Virumaa_algkoolid, lk 58
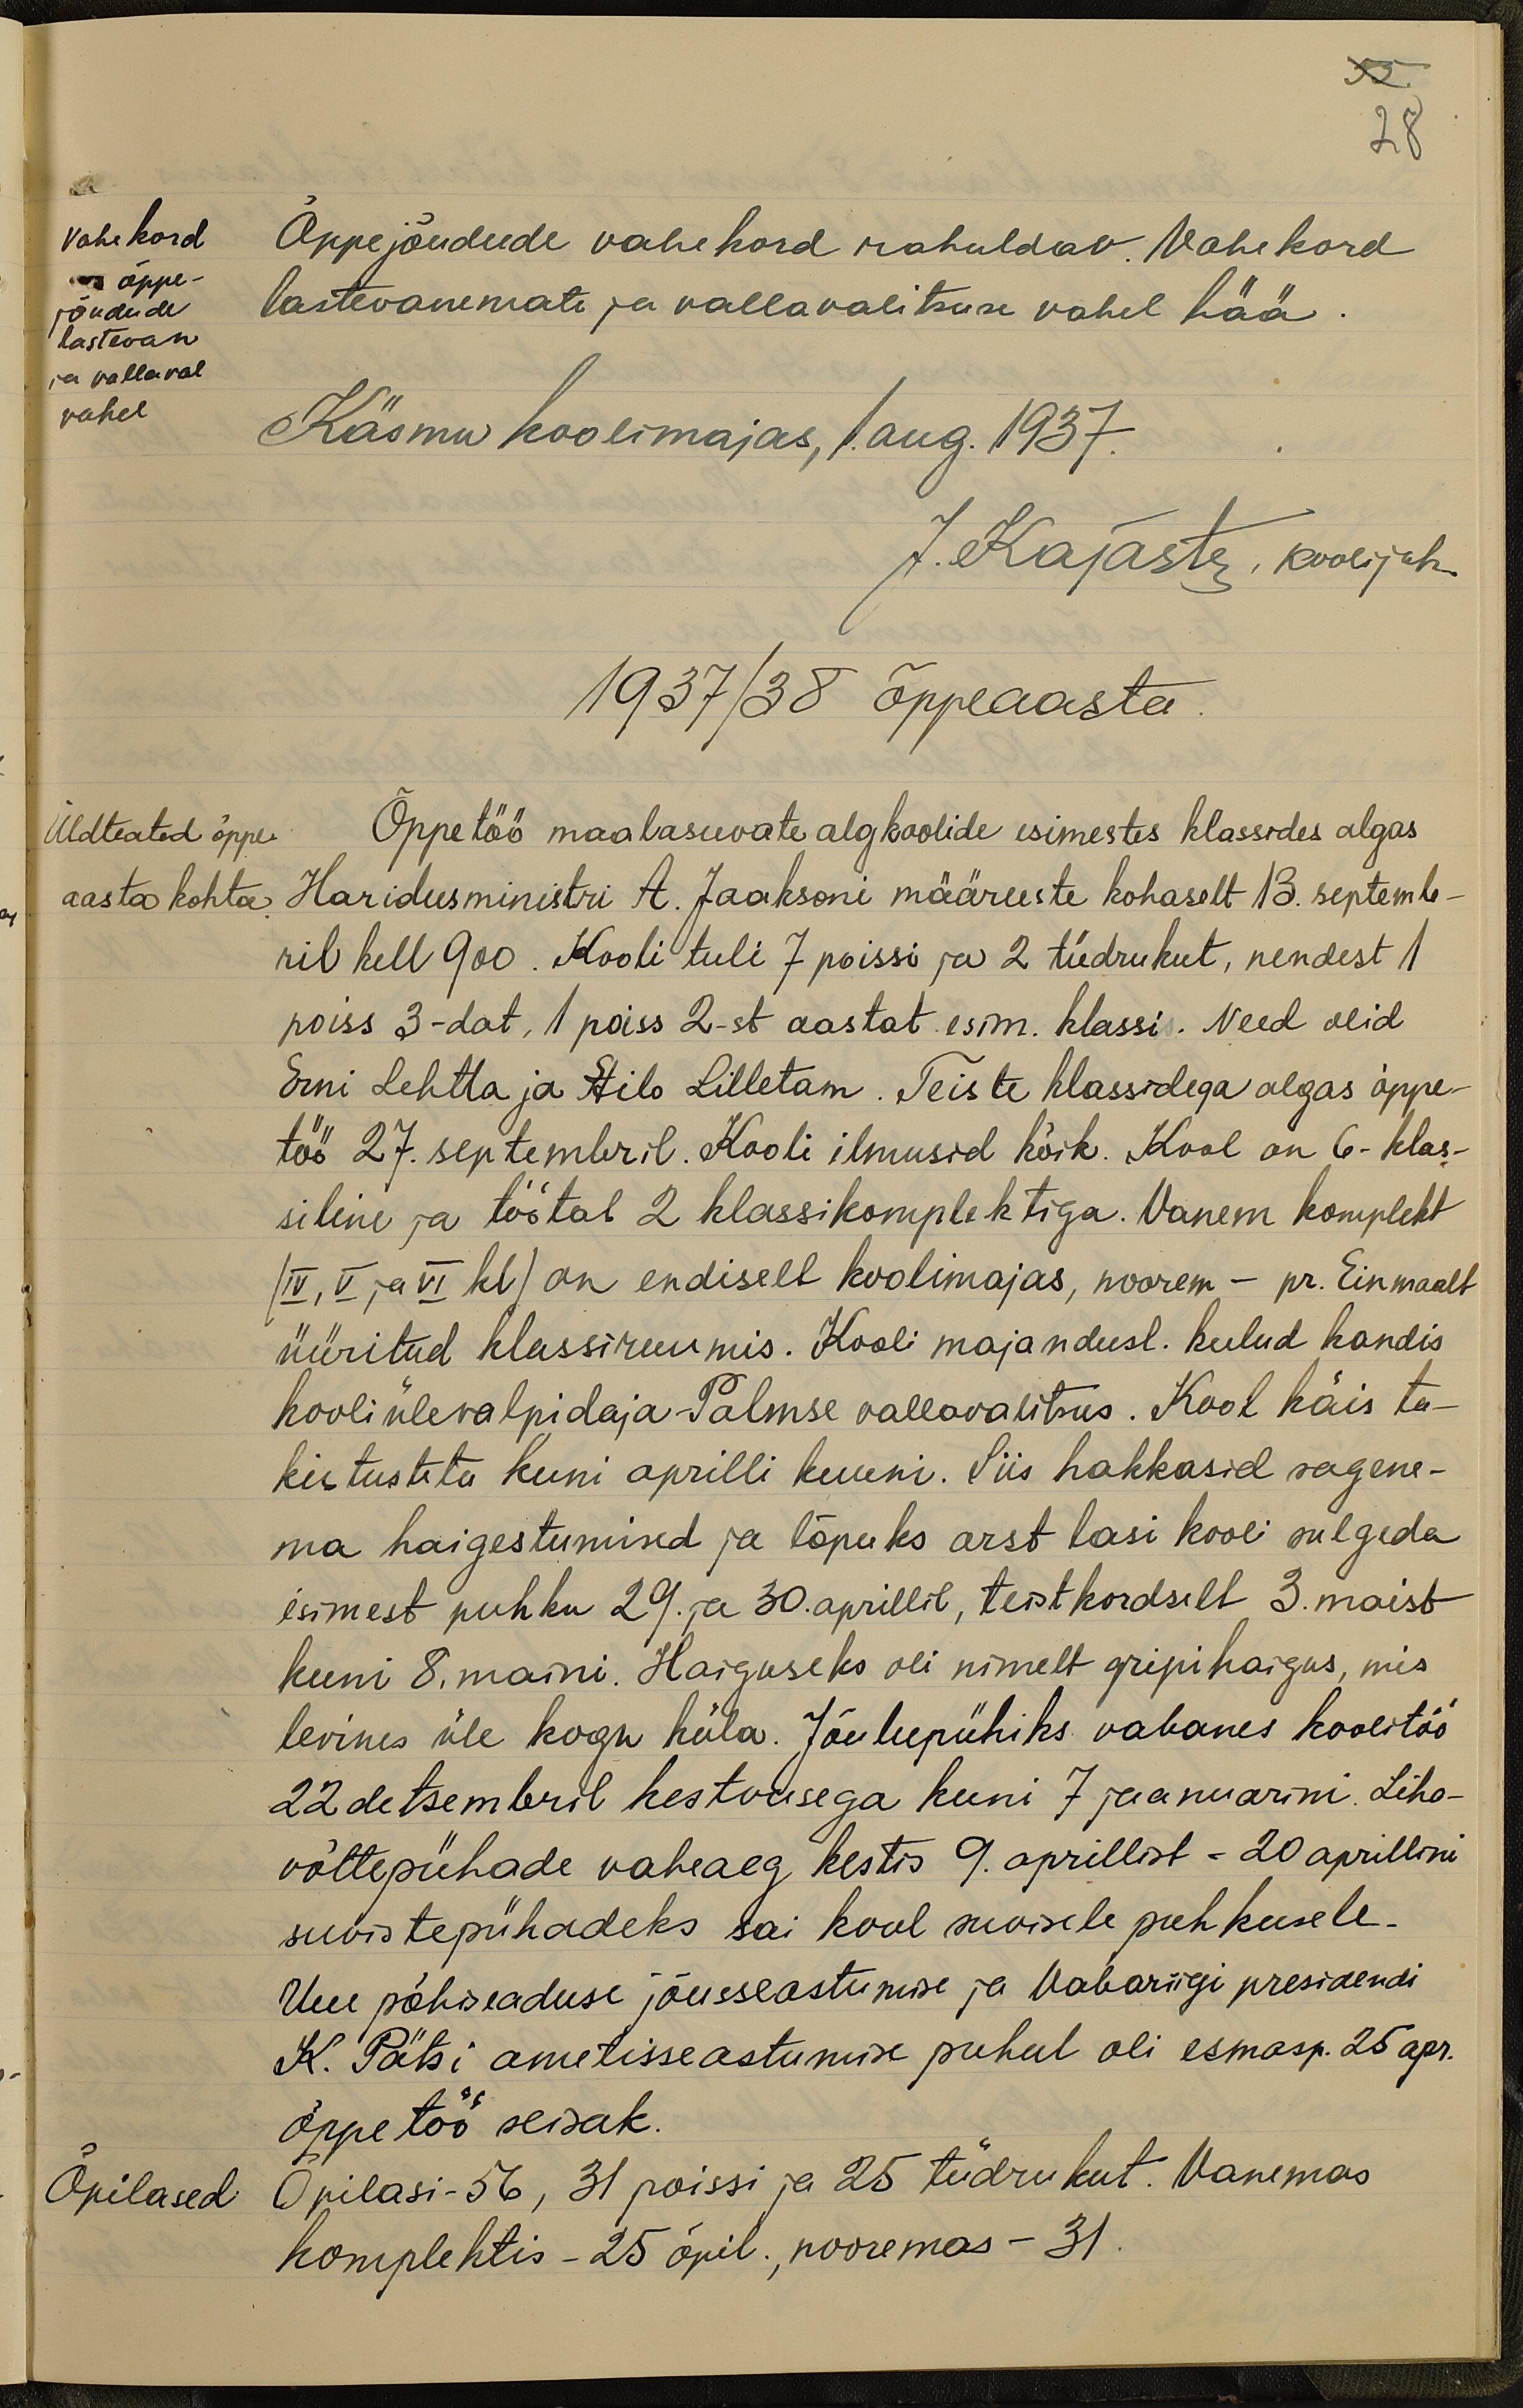
55
28
vahe kord
Õppejõudude vahekord rahuldav. Vahekord
õppe-
jõudude
lastevanemate ja vallavalitsuse vahel hää
lastevan
ja vallaval
vahel.
Käsmu koolimajas, 1 aug. 1937.
J. Kajaste, koolijuh.
1937/38 õppeaasta
Üldteated õppe-
Õppetöö maalasuvate algkoolide esimestes klassides algas
aasta kohta
Haridusministri A. Jaaksoni määruste kohaselt 13. septemb-
ril kell 900. Kooli tuli 7 poissi ja 2 tüdrukut, nendest 1
poiss 3-dat, 1 poiss 2-st aastat esim. klassi. Need olid
Erni Lehta ja Ailo Lilletam. Teiste klassidega algas õppe-
töö 27. septembril. Kooli ilmusid kõik. Kool on 6-klas-
siline ja töötab 2 klassikomplektiga. Vanem komplekt
(IV, V ja VI kl) on endiselt koolimajas, noorem - pr. Einmaalt
üüritud klassiruumis. Kooli majandusl. kulud kandis
kooli ülevalpidaja - Palmse vallavalitsus. Kool käis ta-
kistusteta kuni aprilli kuuni. Siis hakkasid sagene-
ma haigestumised ja lõpuks arst lasi kooli sulgeda
esimest puhku 29. ja 30. aprillil, teistkordselt 3. maist
kuni 8. maini. Haiguseks oli nimelt gripihaigus, mis
levines üle kogu küla. Jõulupühiks vabanes koolitöö
22 detsembril kestvusega kuni 7 jaanuarini. Liha-
võttepühade vaheaeg kestis 9. aprillist - 20 aprillini
suvistepühadeks sai kool suvisele puhkusele.
Uue põhiseaduse jõusseastumise ja Vabariigi presidendi
K. Pätsi ametisseastumise puhul oli esmasp. 25 apr.
õppetöö seisak.
Õpilased
Õpilasi - 56, 31 poissi ja 25 tüdrukut. Vanemas
komplektis - 25 õpil., nooremas - 31.